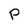
Character: P